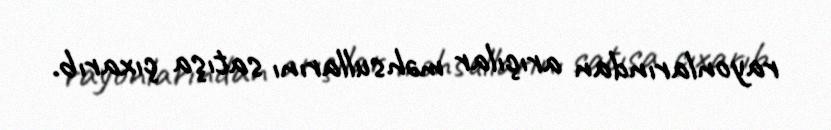
rayonlarından arıçılar məhsullarını satışa çıxarıb.